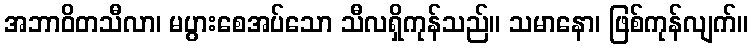
အဘာဝိတသီလာ၊ မပွားစေအပ်သော သီလရှိကုန်သည်။ သမာနော၊ ဖြစ်ကုန်လျက်။